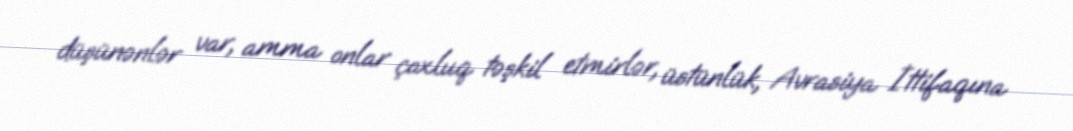
düşünənlər var, amma onlar çoxluq təşkil etmirlər, üstünlük, Avrasiya İttifaqına